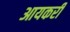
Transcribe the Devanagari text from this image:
आयकरी